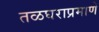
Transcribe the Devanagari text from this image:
तळघराप्रमाणे